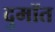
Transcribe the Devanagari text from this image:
दुमॉत